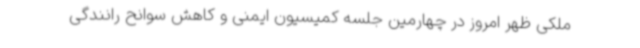
ملکی ظهر امروز در چهارمین جلسه کمیسیون ایمنی و کاهش سوانح رانندگی